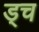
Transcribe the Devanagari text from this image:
ड्च